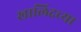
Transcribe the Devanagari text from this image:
खालिदच्या